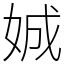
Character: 娍